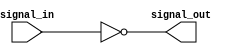
module inverter_delay (
    input wire signal_in,
    output reg signal_out
);

always @* begin
    signal_out = ~signal_in;
end

endmodule